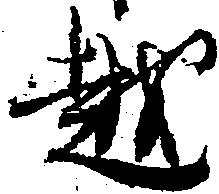
越